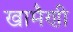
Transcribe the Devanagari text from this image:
खामैणी